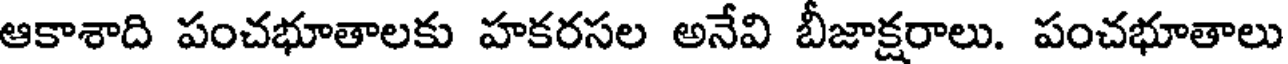
ఆకాశాది పంచభూతాలకు హకరసల అనేవి బీజాక్షరాలు. పంచభూతాలు